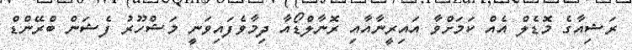
ރަޝިއާގެ މޮޑެލް އެއް ކަމަށްވާ އައިރީނާއާއި ރޮނާލްޑޯއާ ދިމާވެފައިވަނީ މަޝްހޫރު ފެޝަން ބްރޭންޑް